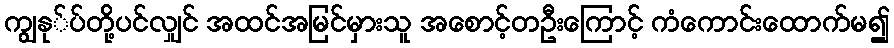
ကျွနု်ပ်တို့ပင်လျှင် အထင်အမြင်မှားသူ အစောင့်တဦးကြောင့် ကံကောင်းထောက်မ၍